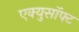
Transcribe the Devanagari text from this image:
एक्युसॉफ्ट